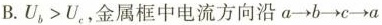
B.$$U_{b}>U_{c}$$，金属框中电流方向沿a\rightarrow b\rightarrow c\rightarrow a